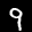
Label: 9